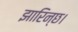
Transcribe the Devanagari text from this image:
झारिन्छ।